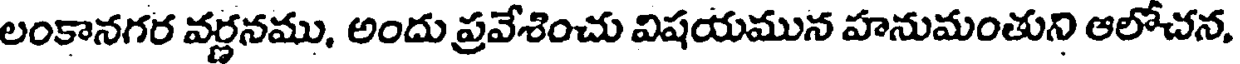
లంకానగర వర్ణనము, అందు ప్రవేశించు విషయమున హనుమంతుని ఆలోచన,